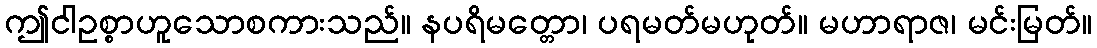
ဤငါဥစ္စာဟူသောစကားသည်။ နပရိမတ္တော၊ ပရမတ်မဟုတ်။ မဟာရာဇ၊ မင်းမြတ်။